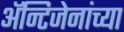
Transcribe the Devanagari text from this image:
अॅन्टिजेनांच्या